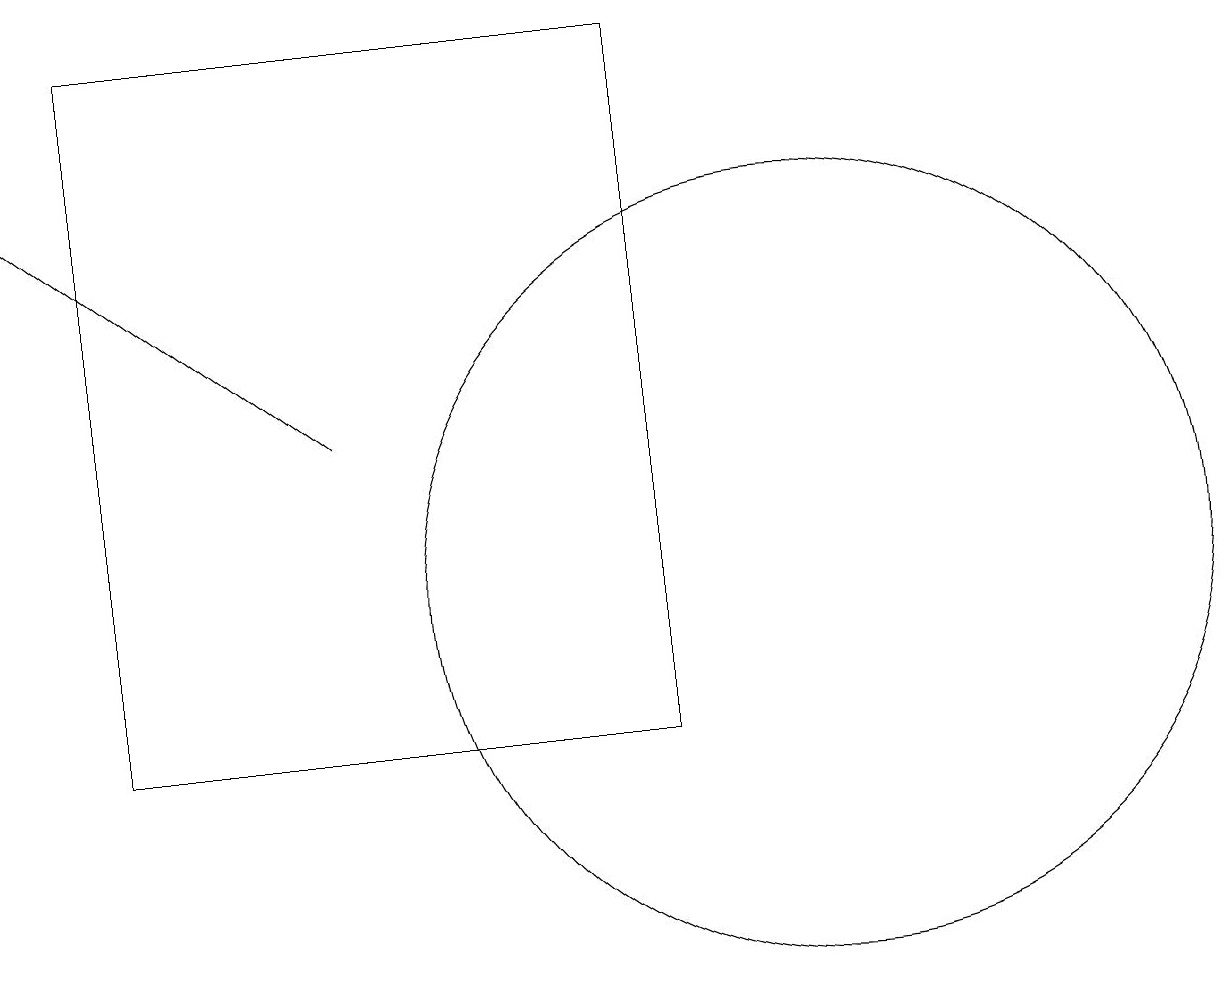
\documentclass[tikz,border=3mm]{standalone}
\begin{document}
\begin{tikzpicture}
\draw (10,12) circle (5);
\draw (8,10) rectangle (1,19);
\draw[->] (4,14) -- (0,17);
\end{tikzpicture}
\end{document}